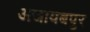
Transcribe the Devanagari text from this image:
अजायबपुर